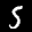
Label: 5